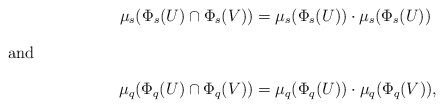
\begin{align*}\mu_s(\Phi_s(U) \cap \Phi_s(V)) &= \mu_s(\Phi_s(U)) \cdot \mu_s(\Phi_s(U)) \\\intertext{and}\mu_q(\Phi_q(U) \cap \Phi_q(V)) &= \mu_q(\Phi_q(U)) \cdot \mu_q(\Phi_q(V)),\end{align*}